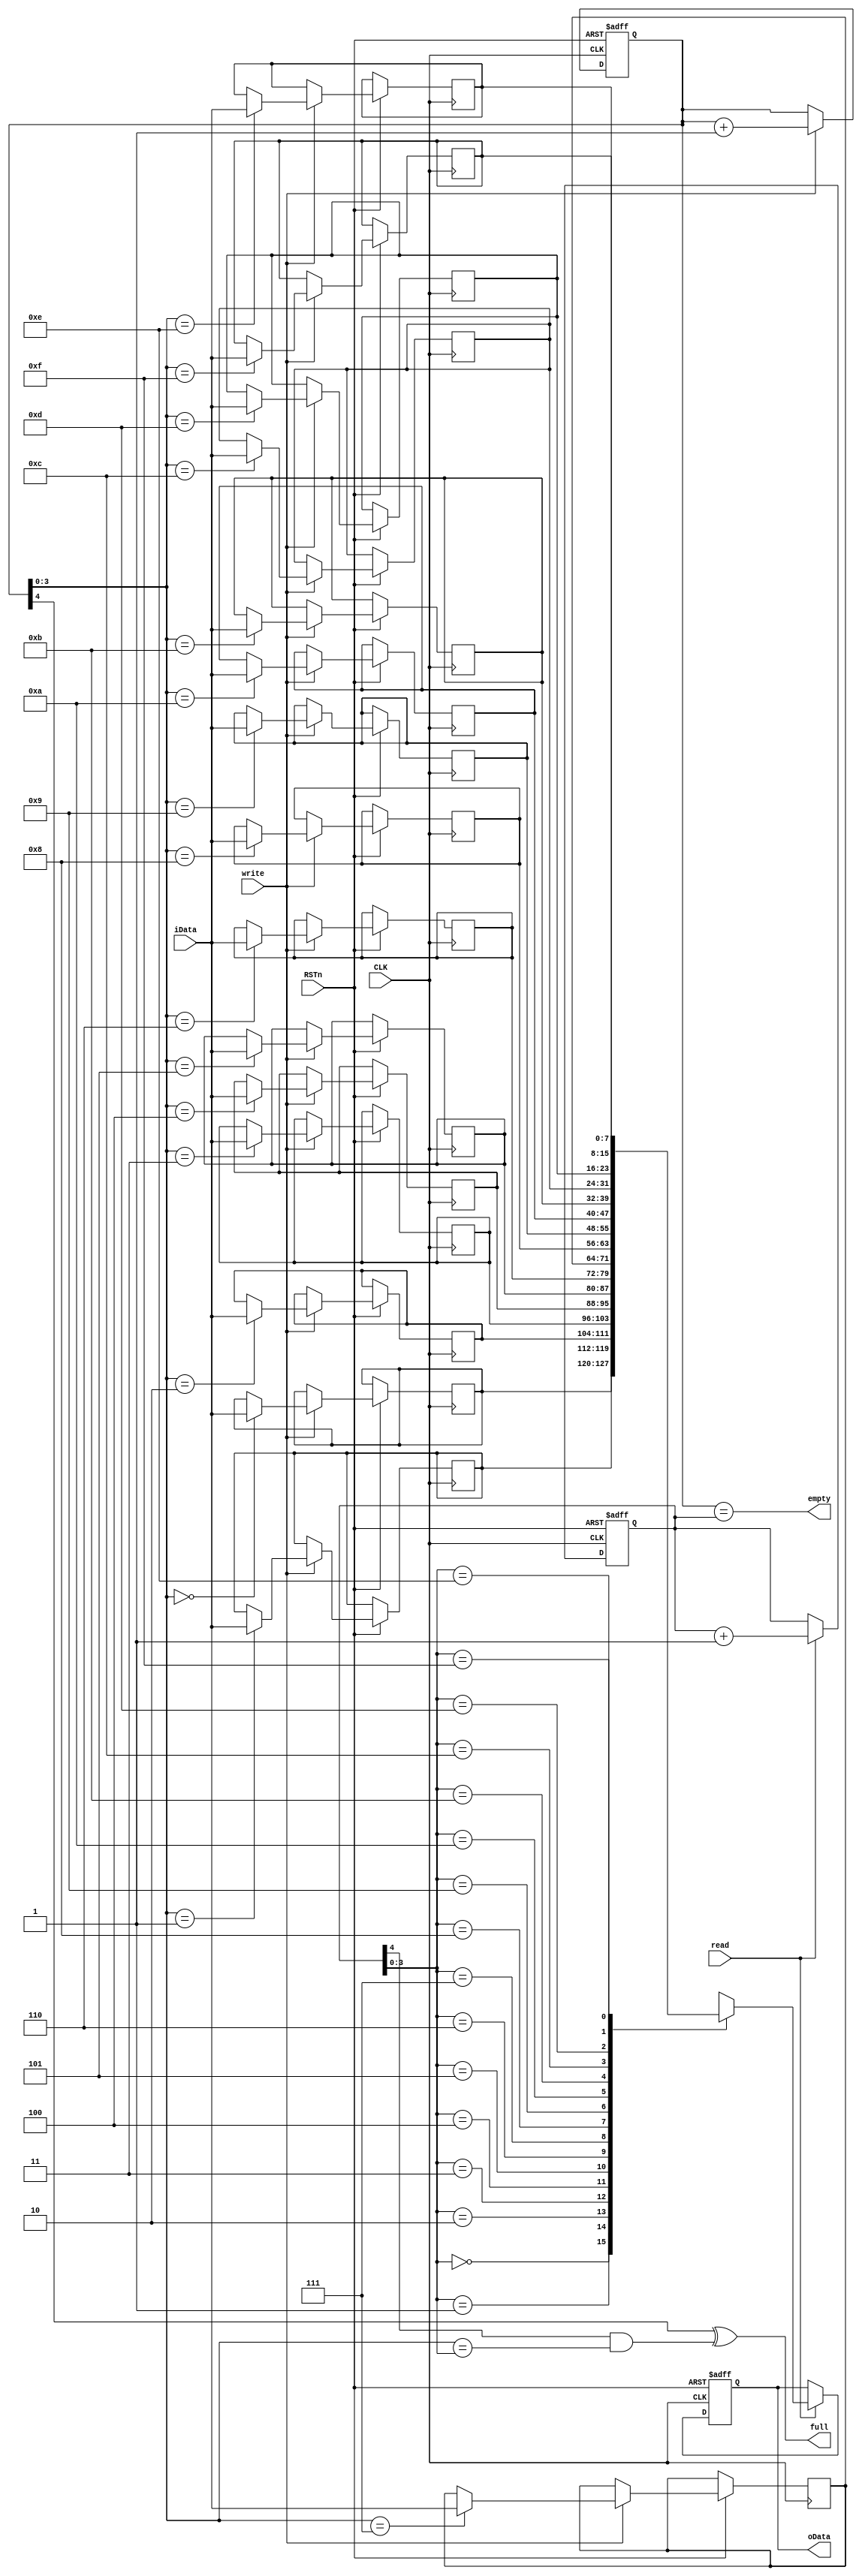

`timescale 1 ns/ 1 ps
module iiitb_sfifo(
	input        CLK,
	input        RSTn,
	input        write,
	input        read,
	input  [7:0] iData,
	
	output [7:0] oData,
	output       full,
	output       empty
);

reg [4:0] wp;          //write point should add 1 bit(N+1) 
reg [4:0] rp;          //read point
reg [7:0] RAM [15:0];  //deep16,8 bit RAM
reg [7:0] oData_reg;   //regsiter of oData

always @ ( posedge CLK or negedge RSTn )
begin                  //write to RAM
	if (!RSTn)
	begin
		wp <= 5'b0;
	end
	else if ( write )
	begin
		RAM[wp[3:0]] <= iData;
		wp <= wp + 1'b1;
	end
end

always @ ( posedge CLK or negedge RSTn )
begin                  // read from RAM
	if (!RSTn)
	begin
		rp <= 5'b0;
		oData_reg <= 8'b0;
	end
	else if ( read  )
	begin
		oData_reg <= RAM[rp[3:0]];
		rp <= rp + 1'b1;
	end
end


assign full = ( wp[4] ^ rp[4] & wp[3:0] == rp[3:0] );
assign empty = ( wp == rp );
assign oData = oData_reg;


endmodule